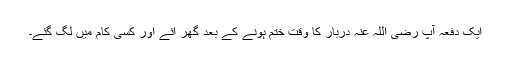
ایک دفعہ آپؓ رضی اللہ عنہ دربار کا وقت ختم ہونے کے بعد گھر آئے اور کسی کام میں لگ گئے۔